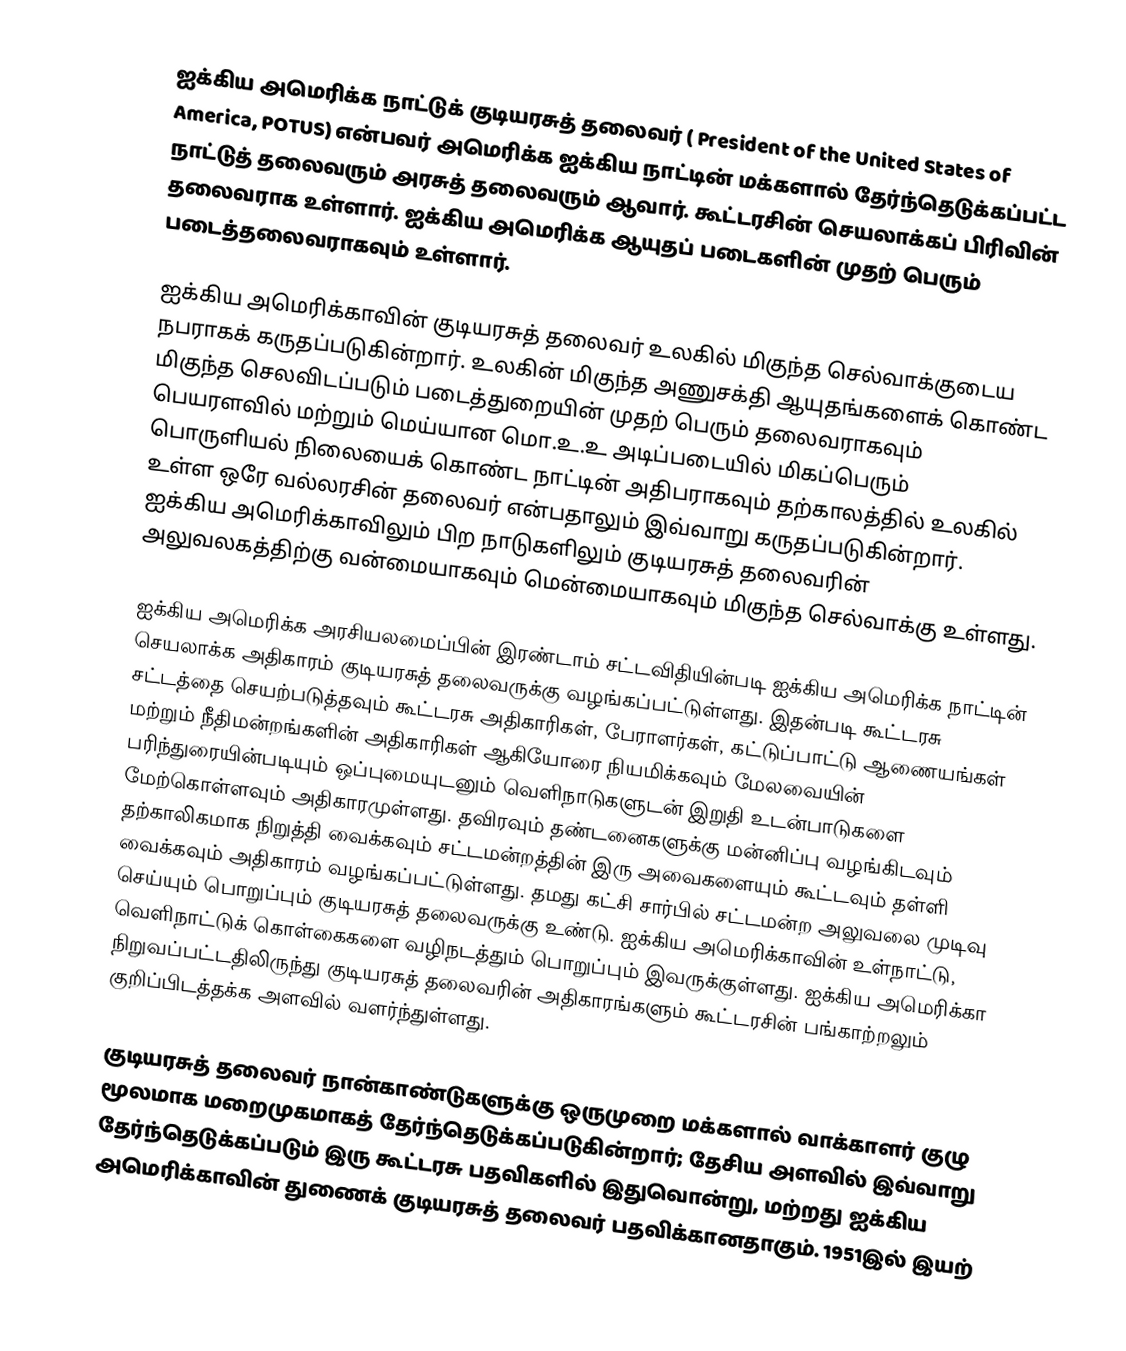
ஐக்கிய அமெரிக்க நாட்டுக் குடியரசுத் தலைவர் ( President of the United States of America, POTUS) என்பவர் அமெரிக்க ஐக்கிய நாட்டின் மக்களால் தேர்ந்தெடுக்கப்பட்ட  நாட்டுத் தலைவரும் அரசுத் தலைவரும் ஆவார். கூட்டரசின் செயலாக்கப் பிரிவின் தலைவராக உள்ளார். ஐக்கிய அமெரிக்க ஆயுதப் படைகளின் முதற் பெரும் படைத்தலைவராகவும் உள்ளார்.

ஐக்கிய அமெரிக்காவின் குடியரசுத் தலைவர் உலகில் மிகுந்த செல்வாக்குடைய நபராகக் கருதப்படுகின்றார்.  உலகின் மிகுந்த அணுசக்தி ஆயுதங்களைக் கொண்ட மிகுந்த செலவிடப்படும் படைத்துறையின் முதற் பெரும் தலைவராகவும்  பெயரளவில் மற்றும் மெய்யான மொ.உ.உ அடிப்படையில் மிகப்பெரும் பொருளியல் நிலையைக் கொண்ட நாட்டின் அதிபராகவும் தற்காலத்தில் உலகில் உள்ள ஒரே வல்லரசின் தலைவர் என்பதாலும் இவ்வாறு கருதப்படுகின்றார். ஐக்கிய அமெரிக்காவிலும் பிற நாடுகளிலும் குடியரசுத் தலைவரின் அலுவலகத்திற்கு வன்மையாகவும் மென்மையாகவும் மிகுந்த செல்வாக்கு உள்ளது.

ஐக்கிய அமெரிக்க அரசியலமைப்பின் இரண்டாம் சட்டவிதியின்படி  ஐக்கிய அமெரிக்க நாட்டின் செயலாக்க அதிகாரம் குடியரசுத் தலைவருக்கு வழங்கப்பட்டுள்ளது.  இதன்படி கூட்டரசு சட்டத்தை செயற்படுத்தவும் கூட்டரசு அதிகாரிகள், பேராளர்கள், கட்டுப்பாட்டு ஆணையங்கள் மற்றும் நீதிமன்றங்களின் அதிகாரிகள் ஆகியோரை நியமிக்கவும் மேலவையின் பரிந்துரையின்படியும் ஒப்புமையுடனும் வெளிநாடுகளுடன் இறுதி உடன்பாடுகளை மேற்கொள்ளவும்  அதிகாரமுள்ளது.  தவிரவும் தண்டனைகளுக்கு மன்னிப்பு வழங்கிடவும்  தற்காலிகமாக நிறுத்தி வைக்கவும் சட்டமன்றத்தின் இரு அவைகளையும் கூட்டவும் தள்ளி வைக்கவும் அதிகாரம் வழங்கப்பட்டுள்ளது. தமது கட்சி சார்பில் சட்டமன்ற அலுவலை முடிவு செய்யும் பொறுப்பும் குடியரசுத் தலைவருக்கு உண்டு. ஐக்கிய அமெரிக்காவின் உள்நாட்டு, வெளிநாட்டுக் கொள்கைகளை  வழிநடத்தும் பொறுப்பும் இவருக்குள்ளது. ஐக்கிய அமெரிக்கா நிறுவப்பட்டதிலிருந்து குடியரசுத் தலைவரின் அதிகாரங்களும் கூட்டரசின் பங்காற்றலும் குறிப்பிடத்தக்க அளவில் வளர்ந்துள்ளது.

குடியரசுத் தலைவர் நான்காண்டுகளுக்கு ஒருமுறை மக்களால் வாக்காளர் குழு மூலமாக மறைமுகமாகத் தேர்ந்தெடுக்கப்படுகின்றார்; தேசிய அளவில் இவ்வாறு தேர்ந்தெடுக்கப்படும் இரு கூட்டரசு  பதவிகளில் இதுவொன்று, மற்றது ஐக்கிய அமெரிக்காவின் துணைக் குடியரசுத் தலைவர் பதவிக்கானதாகும். 1951இல் இயற்